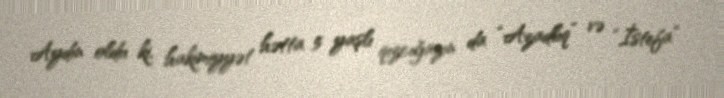
Aydın oldu ki, hakimiyyət hətta 5 yaşlı qızcığazın da “Azadlıq” və “İstefa”